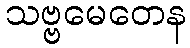
သဗ္ဗမေတေန